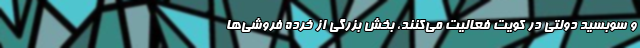
و سوبسید دولتی در کویت فعالیت می‌کنند، بخش بزرگی از خرده فروشی‌ها